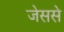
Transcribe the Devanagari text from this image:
जेससे